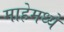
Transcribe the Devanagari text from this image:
माहेमध्ये